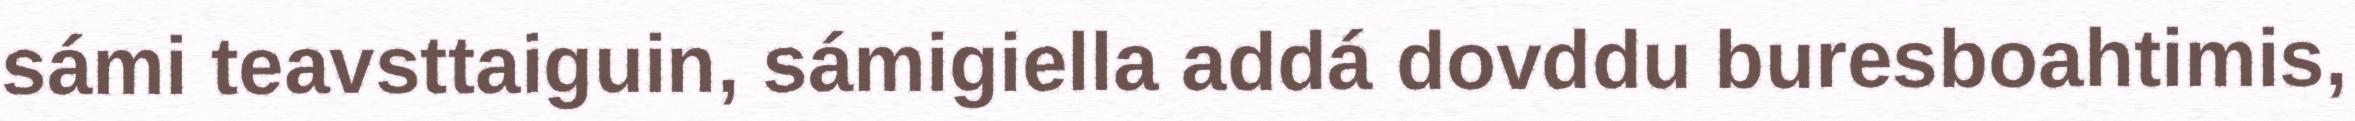
sámi teavsttaiguin, sámigiella addá dovddu buresboahtimis,